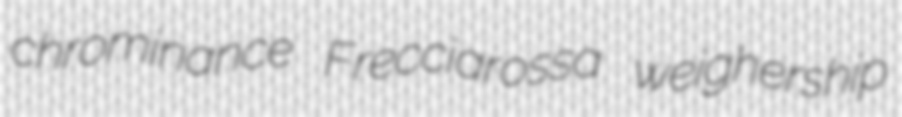
chrominance Frecciarossa weighership